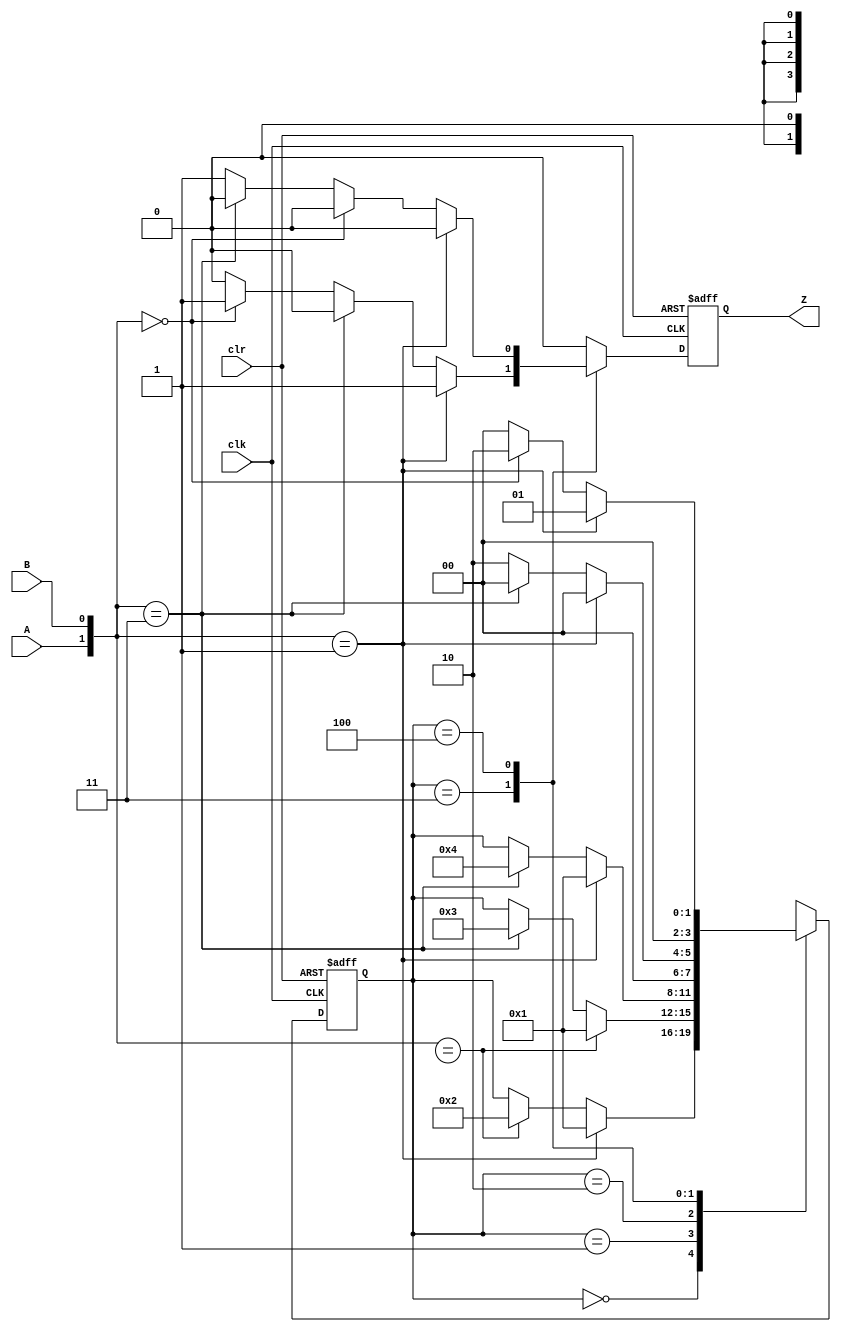
`timescale  10ns/1ns

module seq_detection (
    input   wire    A,
                    B,
                    clk,
                    clr,
    output  wire    Z
);

    reg     [3 : 0] state;
    wire    [1 : 0] bind;
    reg             out;

    assign  bind    = {A, B};
    
    parameter   zero  = 3'b000,
                one   = 3'b001,
                two   = 3'b010,
                three = 3'b011,
                four  = 3'b100; 

    always @(posedge clk, posedge clr)
        if(clr)
	    begin
            state <= 0;
		    out <= 0;
	    end
        else
            case(state)
                zero : 
                    if(bind == 2'b01)
                    begin
                        state <= one;
                        out   <= 0;
                    end
                    else if(bind == 2'bx0)
                    begin
                        state <= two;
                        out   <= 0;
                    end
                    else
                        out  <= 0;
                one :
                    if(bind == 2'bx0)
                    begin
                        state <= one;
                        out   <= 0;
                    end
                    else if(bind == 2'b11)
                    begin
                        state <= three;
                        out   <= 0;
                    end
                    else
                        out  <= 0;
                two :
                    if(bind == 2'b01)
                    begin
                        state <= one;
                        out   <= 0;
                    end
                    else if(bind == 2'b11)
                    begin
                        state <= four;
                        out   <= 0;
                    end
                    else
                        out  <= 0;

                three:
                    if(bind == 2'b01) 
                    begin
                        state <= zero;
                        out   <= 1;
                    end
                    else if(bind == 2'b11)
                    begin
                        state <= zero;
                        out   <= 0;
                    end
                    else if(bind == 2'b00)
                    begin
                        state <= two;
                        out   <= 1;
                    end
                    else 
                    begin
                        state <=two;
                        out   <= 0;
                    end

                four:
                    if(bind == 2'b01)
                    begin
                        state <= one;
                        out   <= 0;
                    end
                    else if(bind == 2'b00)
                    begin
                        state <= two;
                        out   <= 0;
                    end
                    else if(bind == 2'b11)
                    begin
                        state <= zero;
                        out   <= 0;
                    end
                    else
                    begin
                        state <= zero;
                        out   <= 1;
                    end
                default:
                begin
                    state <= 'bx;
                    out   <= 0;
                end
            endcase
        
    assign  Z   = out;

endmodule